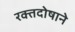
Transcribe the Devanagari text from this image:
रक्तदोषाने